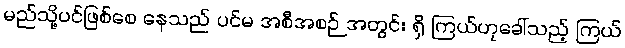
မည်သို့ပင်ဖြစ်စေ နေသည် ပင်မ အစီအစဉ် အတွင်း ရှိ ကြယ်ဟုခေါ်သည့် ကြယ်